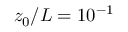
z _ { 0 } / L = 1 0 ^ { - 1 }